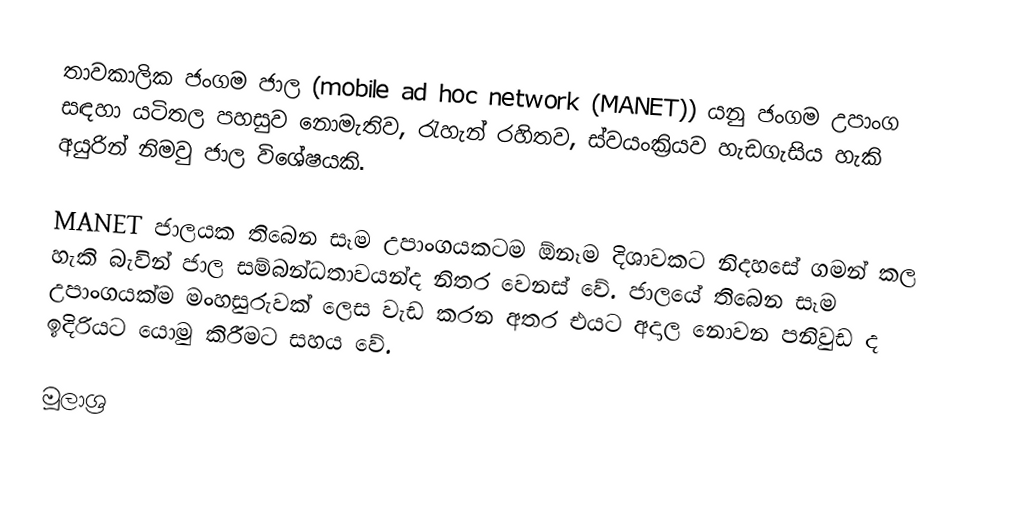
තාවකාලික ජංගම ජාල (mobile ad hoc network (MANET)) යනු ජංගම උපාංග සඳහා යටිතල පහසුව නොමැතිව, රැහැන් රහිතව,  ස්වයංක්‍රියව හැඩගැසිය හැකි අයුරින් නිමවු ජාල විශේෂයකි.

MANET ජාලයක තිබෙන සෑම උපාංගයකටම ඕනෑම දිශාවකට නිදහසේ ගමන් කල හැකි බැවින් ජාල සම්බන්ධතාවයන්ද නිතර වෙනස් වේ. ජාලයේ තිබෙන සෑම උපාංගයක්ම මංහසුරුවක් ලෙස වැඩ කරන අතර එයට අදාල නොවන පනිවුඩ ද ඉදිරියට යොමු කිරීමට සහය වේ.

මූලාශ්‍ර